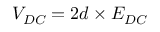
V _ { D C } = 2 d \times E _ { D C }